Report on vaccination in the Province of Bengal - 1874-1889
Year: 1874
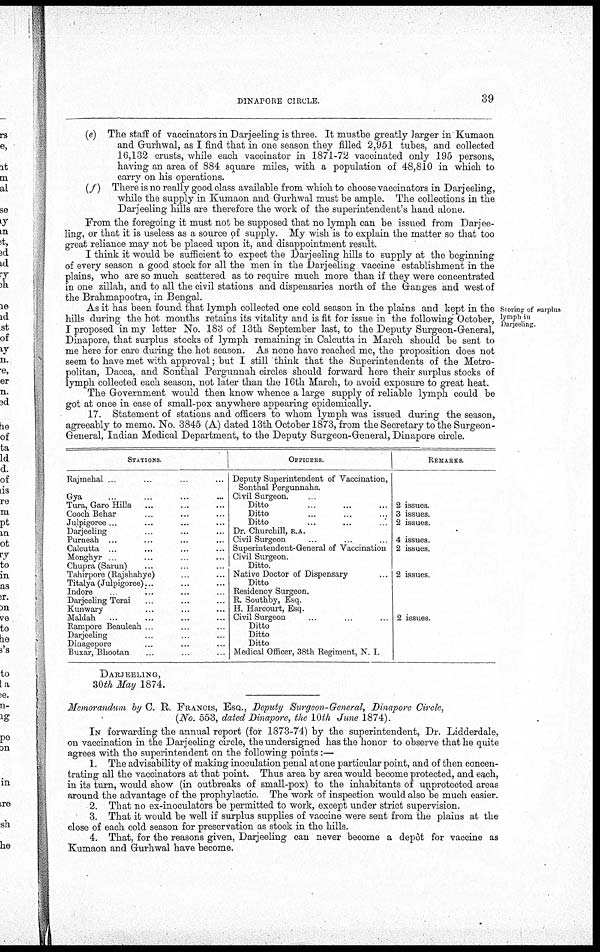
DINAPORE CIRCLE.
39
(e) The staff of vaccinators in Darjeeling is three. It mustbe greatly larger in Kumaon
and Gurhwal, as I find that in one season they filled 2,951 tubes, and collected
16,132 crusts, while each vaccinator in 1871-72 vaccinated only 195 persons,
having an area of 884 square miles, with a population of 48,810 in which to
carry on his operations.
(f)
There is no really good class available from which to choose vaccinators in Darjeeling,
while the supply in Kumaon and Gurhwal must be ample. The collections in the
Darjeeling hills are therefore the work of the superintendent's hand alone.
From the foregoing it must not be supposed that no lymph can be issued from Darjee-
ling, or that it is useless as a source of supply. My wish is to explain the matter so that too
great reliance may not be placed upon it, and disappointment result.
I think it would be sufficient to expect the Darjeeling hills to supply at the beginning
of every season a good stock for all the men in the Darjeeling vaccine establishment in the
plains, who are so much scattered as to require much more than if they were concentrated
in one zillah, and to all the civil stations and dispensaries north of the Granges and west of
the Brahmapootra, in Bengal.
Storing of surplus
lymph in
Darjeeling.
As it has been found that lymph collected one cold season in the plains and kept in the
hills during the hot months retains its vitality and is fit for issue in the following October,
I proposed in my letter No. 183 of 13th September last, to the Deputy Surgeon-General,
Pinafore, that surplus stocks of lymph remaining in Calcutta in March should be sent to
me here for care during the hot season. As none have reached me, the proposition does not
seem to have met with approval; but I still think that the Superintendents of the Metro-
politan, Dacca, and Sonthal Pergunnah circles should forward here their surplus stocks of
lymph collected each season, not later than the 16th March, to avoid exposure to great heat.
The Government would then know whence a large supply of reliable lymph could be
got at once in case of small-pox anywhere appearing epidemically.
17. Statement of stations and officers to whom lymph was issued during the season,
agreeably to memo. No. 3845 (A) dated 13th October 1873, from the Secretary to the Surgeon-
General, Indian Medical Department, to the Deputy Surgeon-General, Dinapore circle.
STATIONS.
Rajmehal ... ... ... ...
Gya ... ... ... ...
Tura, Garo Hills ... ... ...
Cooch Behar ... ... ...
Julpigoree ... ... ...
Darjeeling ... ... ...
Purneah ... ... ... ...
Calcutta ... ... ... ...
Monghyr
...
...
...
Chupra (Sarun) ... ... ...
Tahirpore (Rajshahye) ... ...
Titalya (Julpigoree)... ... ...
Indore ... ... ... ...
Darjeeling Terai ... ... ...
Kunwary ... ... ...
Maldah ... ... ... ...
Rampore Beauleah ... ... ...
Darjeeling ... ... ...
Dmagepore ... ... ...
Buxar, Bhootan ... ... ...
OFFICERS.
Deputy Superintendent of Vaccination,
Sonthal Pergunnahs.
Civil Surgeon. ... ... ...
Ditto ... ... ...
Ditto ... ... ...
Ditto ... ... ...
Dr. Churchill, R.A.
Civil Surgeon ... ... ...
Superintendent-General of Vaccination
Civil Surgeon.
Ditto. ... ...
Native Doctor of Dispensary ...
Ditto
Residency Surgeon.
R. Southby. Esq.
H. Harcourt, Esq.
Civil Surgeon ... ... ...
Ditto
Ditto
Ditto
Medical Officer, 38th Regiment, N. I.
REMARKS.
2 issues.
3 issues.
2 issues.
4 issues
2 issues.
2 issues.
2 issues.
DARJEELING,
30 th May 1874.
Memorandum by C. R. FRANCIS, ESQ., Deputy Surgeon-General, Dinapore Circle,
(No. 553, dated Dinapore, the 10th June 1874).
IN forwarding the annual report (for 1873-74) by the superintendent, Dr. Lidderdale,
on vaccination in the Darjeeling circle, the undersigned has the honor to observe that he quite
agrees with the superintendent on the following points:—
1. The advisability of making inoculation penal at one particular point, and of then concen-
trating all the vaccinators at that point. Thus area by area would become protected, and each,
in its turn, would show (in outbreaks of small-pox) to the inhabitants of unprotected areas
around the advantage of the prophylactic. The work of inspection would also be much easier.
2. That no ex-inoculators be permitted to work, except under strict supervision.
3. That it would be well if surplus supplies of vaccine were sent from the plains at the
close of each cold season for preservation as stock in the hills.
4. That, for the reasons given, Darjeeling can never become a depot for vaccine as
Kumaon and Gurhwal have become.